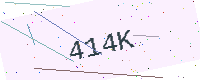
Text: 414K